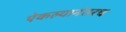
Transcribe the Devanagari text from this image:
ऐकल्यानंतरच